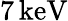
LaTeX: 7\, \mathrm{keV}